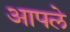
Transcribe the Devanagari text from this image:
अापले